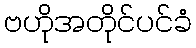
ဗဟိုအတိုင်ပင်ခံ